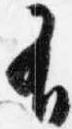
有